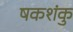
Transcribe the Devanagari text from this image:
षकशंकु